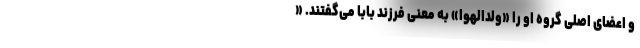
و اعضای اصلی گروه او را «ولدالهوا» به معنی فرزند بابا می‌گفتند. «